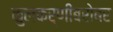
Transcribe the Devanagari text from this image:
कुलकर्णींबरोबर